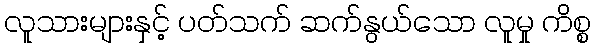
လူသားများနှင့် ပတ်သက် ဆက်နွယ်သော လူမှု ကိစ္စ